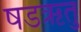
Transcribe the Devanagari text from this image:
षडऋतु